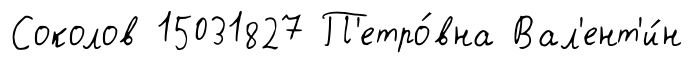
Соколов 15031827 П'етро́вна Вал'ент'и́н